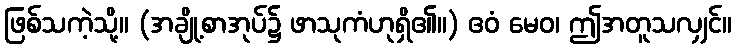
ဖြစ်သကဲ့သို့။ (အချို့စာအုပ်၌ ဖာသုကံဟုရှိ၏။) ဧဝံ မေဝ၊ ဤအတူသလျှင်။